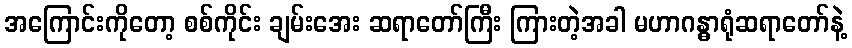
အကြောင်းကိုတော့ စစ်ကိုင်း ချမ်းအေး ဆရာတော်ကြီး ကြားတဲ့အခါ မဟာဂန္ဓာရုံဆရာတော်နဲ့